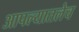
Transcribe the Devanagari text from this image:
आपल्यातलेच